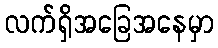
လက်ရှိအခြေအနေမှာ